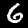
Digit: 6